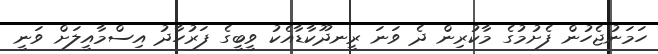
ހަމަނުޖެހުން ފެށުމުގެ މާކުރިން ދެ ވަނަ ރީނދޫކާޑާއެކު ވީބީގެ ފަރުހާދު އިސްމާއީލަށް ވަނީ